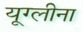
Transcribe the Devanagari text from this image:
यूग्लीना